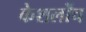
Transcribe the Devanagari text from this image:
केशलोंच